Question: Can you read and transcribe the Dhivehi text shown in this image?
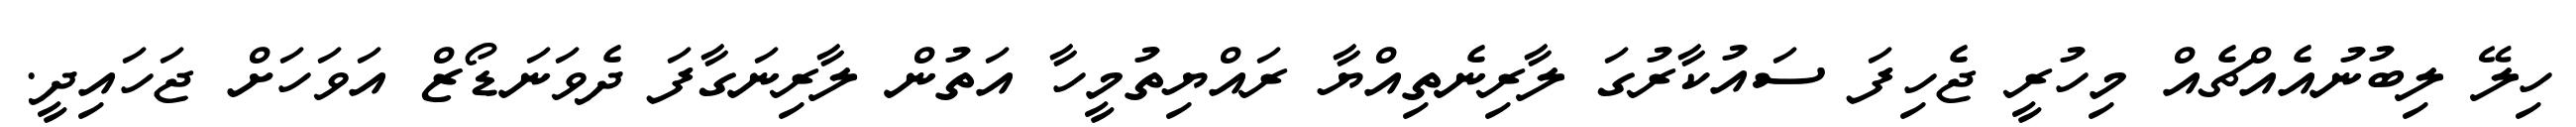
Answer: ހިލޭ ލިބުނުއެއްޗެއް މިހުރީ ޖެހިފަ ސައުކާރުގަ ލާރިނެތިއްޔާ ރައްޔިތުމީހާ އަތުން ލާރިނަގާފަ ދެވަނަޑޯޒް އަވަހަށް ޖަހައިދީ.